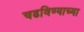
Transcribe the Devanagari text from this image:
चढविण्याच्या